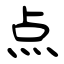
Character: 点